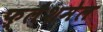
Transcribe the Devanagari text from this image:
फ्लैशमेल